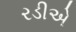
રડીએ